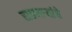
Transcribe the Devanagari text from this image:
राहणाऱ्यांचे